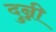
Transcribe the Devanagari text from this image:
दुन्नी